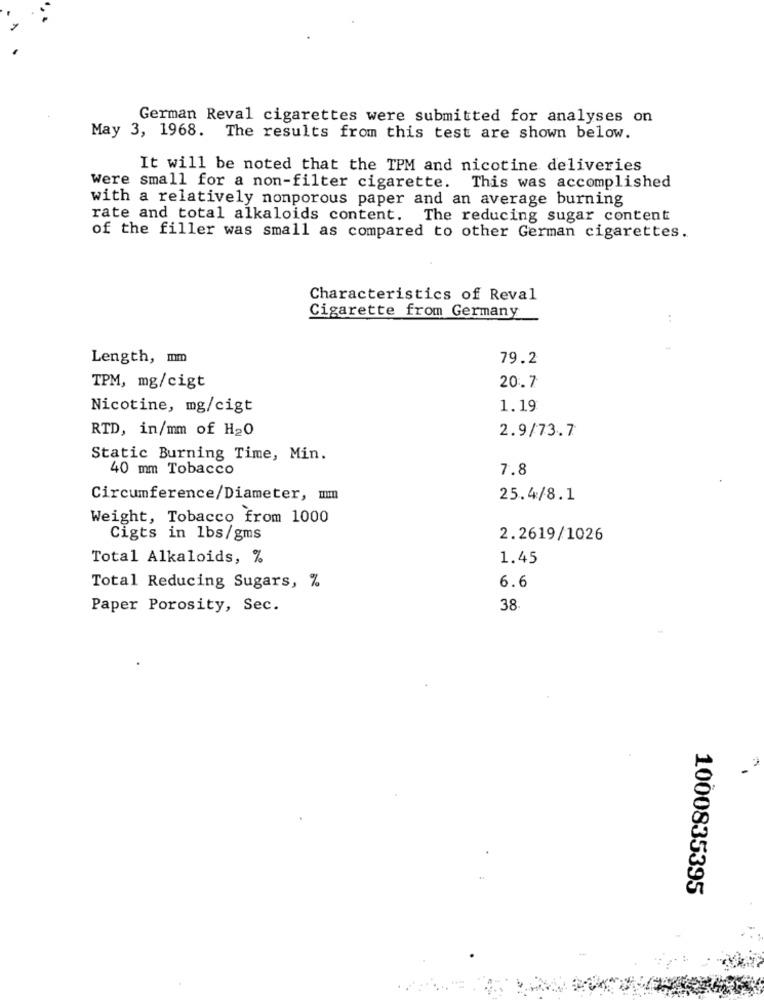
German Reval cigarettes were submitted for analyses on
May 3, 1968. The results from this test are shown below.
It will be noted that the TPM and nicotine deliveries
Were small for a non-filter cigarette. This was accomplished
with a relatively nonporous paper and an average burning
rate and total alkaloids content. The reducing sugar content
of the filler was small as compared to other German cigarettes.
Characteristics of Reval
Cigarette from Germany
Length, mm
79.2
TPM, mg/cigt
20.7
Nicotine, mg/cigt
1.19
RTD, in/mm of H20
2.9/73.7
Static Burning Time, Min.
40 mm Tobacco
7.8
Circumference/Diameter, mm
25.4/8.1
Weight, Tobacco from 1000
Cigts in lbs/gms
2.2619/1026
Total Alkaloids, %
1.45
Total Reducing Sugars, %
6.6
Paper Porosity, Sec.
38.
1000835395